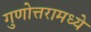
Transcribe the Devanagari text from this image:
गुणोत्तरामध्ये